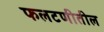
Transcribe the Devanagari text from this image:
फलटणीतील